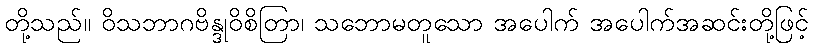
တို့သည်။ ဝိသဘာဂဗိန္ဒုဝိစိတြာ၊ သဘောမတူသော အပေါက် အပေါက်အဆင်းတို့ဖြင့်